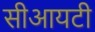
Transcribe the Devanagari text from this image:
सीआयटी